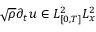
\sqrt { \rho } \partial _ { t } u \in L _ { [ 0 , T ] } ^ { 2 } L _ { x } ^ { 2 }